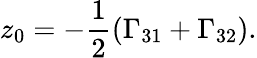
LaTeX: z_{0}=-\frac{1}{2}(\Gamma_{31}+\Gamma_{32}).